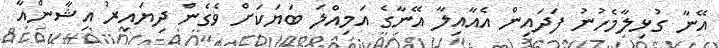
އޭނާ ގުޅިލާމެހުނު ފަދައިން އެއާއިލާ އޭނާގެ އަމިއްލަ ބަޔަކަށް ވެގެން ދިޔައިރު އިޝާންއާ